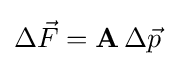
\Delta {\vec {F}}=\mathbf {A} \,\Delta {\vec {p}}